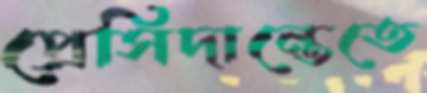
প্রেসিদান্তেতে